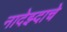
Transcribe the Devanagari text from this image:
नादेझ्दाचे